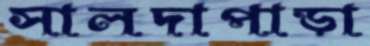
সালদাপাড়া